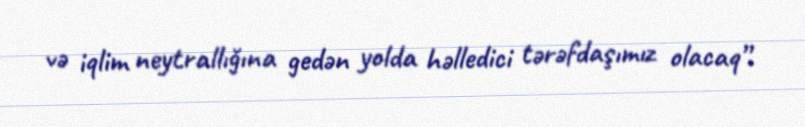
və iqlim neytrallığına gedən yolda həlledici tərəfdaşımız olacaq”.